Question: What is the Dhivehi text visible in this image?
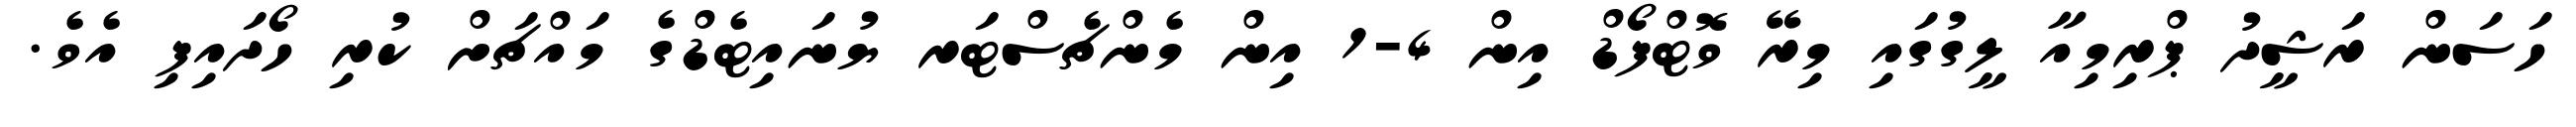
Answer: ހަސަން ރަޝީދު ޕްރިމިއާ ލީގުގައި މިރޭ ވޮޓްފޯޑް އިން 4-1 އިން މެންޗެސްޓަރ ޔުނައިޓެޑްގެ މައްޗަށް ކުރި ހޯދައިފި އެވެ.